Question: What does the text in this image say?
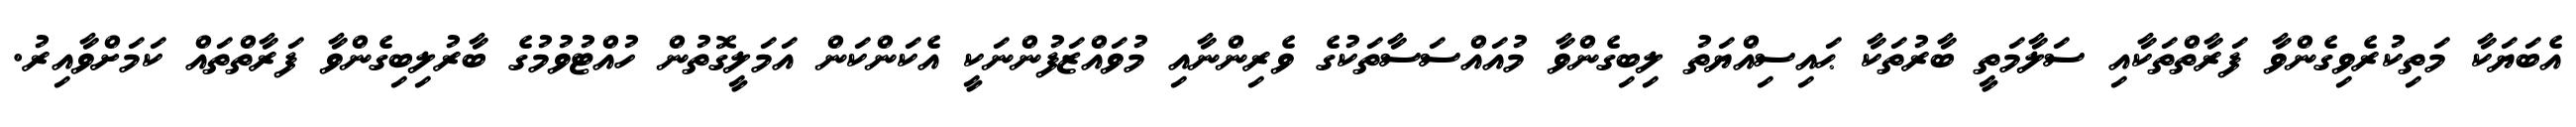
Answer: އެބަޔަކާ މަތިކުރެވިގެންވާ ފަރާތްތަކާއި ސަލާމަތީ ބާރުތަކާ ޙައިސިއްޔަތު ލިބިގެންވާ މުއައްސަސާތަކުގެ ވެރިންނާއި މުވައްޒަފުންނަކީ އެކަންކަން އަމަލީގޮތުން ހުއްޓުވުމުގެ ބާރުލިބިގެންވާ ފަރާތްތައް ކަމަށްވާއިރު.